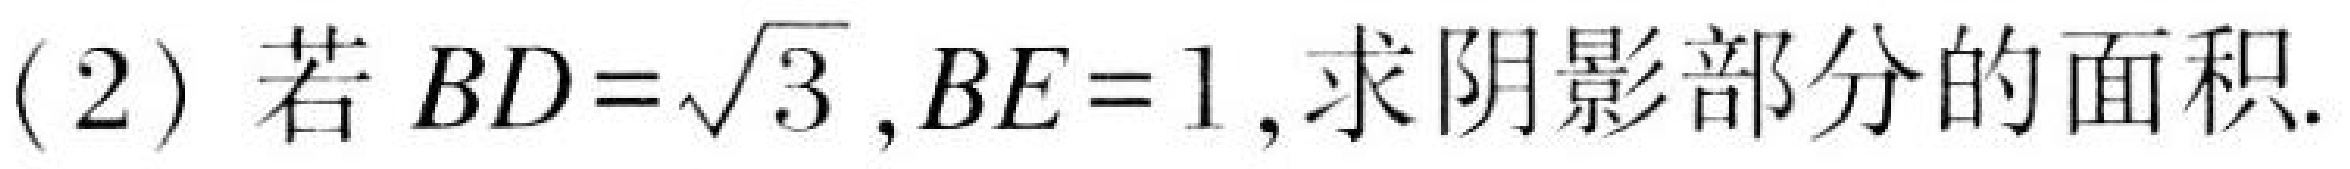
(2) 若 $BD = \sqrt{3},BE = 1$,求阴影部分的面积.